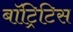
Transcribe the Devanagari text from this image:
बॉट्रिटिस